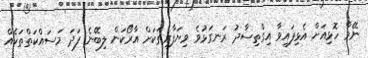
ނޭވާ ހޮޅިއަށް އެޅިފައިވާ އިގްތިސާދު ރަނގަޅުވެ ވިޔަފާރިތަކަށް އާރޯކަން ލިބޭނެ ފަދަ މަސައްކަތްތަކެއް